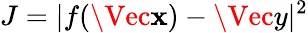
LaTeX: J=|f(\Vec{\mathbf{x}})-\Vec{y}|^{2}